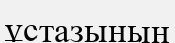
ұстазының